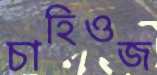
চাহিওজ